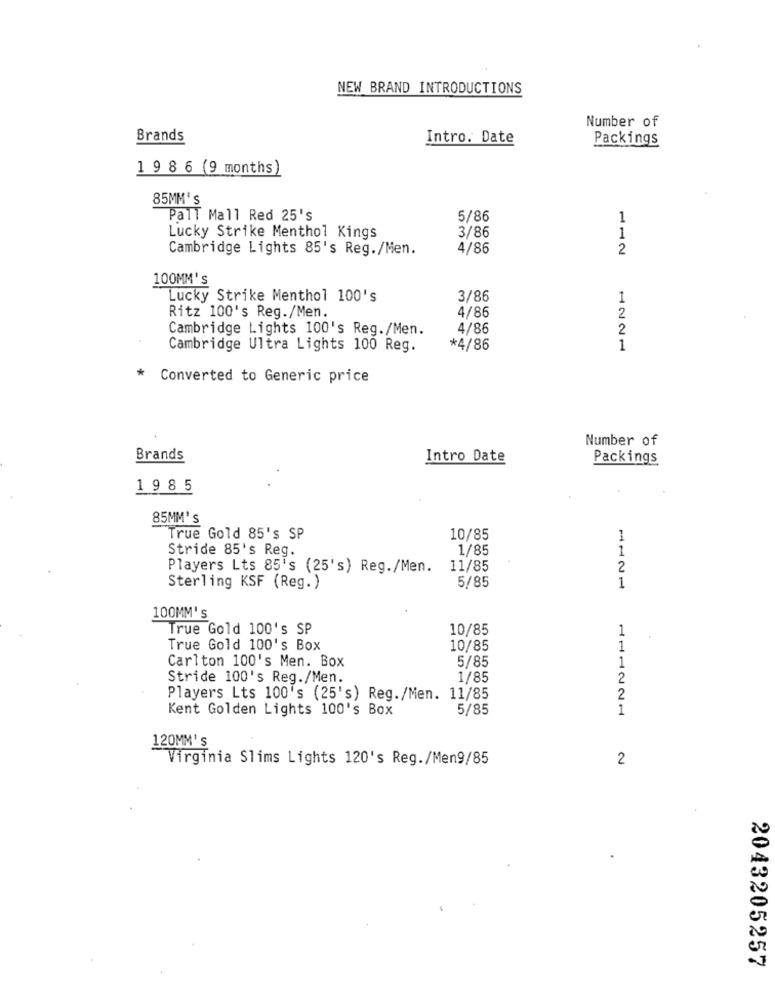
NEW BRAND INTRODUCTIONS
Number of
Brands
Intro. Date
Packings
1 9 8 6 (9 months)
85MM's
Pall Mall Red 25's
5/86
1
3/86
Lucky Strike Menthol Kings
1
Cambridge Lights 85's Reg./Men.
4/86
2
100MM's
Lucky Strike Menthol 100's
3/86
1
Ritz 100's Reg./Men.
4/86
2
Cambridge Lights 100's Reg./Men.
4/86
2
Cambridge Ultra Lights 100 Reg.
*4/86
1
*
Converted to Generic price
Number of
Brands
Intro Date
Packings
1 9 8 5
85MM'S
True Gold 85's SP
10/85
1
1/85
1
Stride 85's Reg.
Players Lts 85's (25's) Reg./Men.
11/85
2
5/85
Sterling KSF (Reg. )
1
100MM's
True Gold 100's SP
10/85
1
True Gold 100's Box
10/85
1
Carlton 100's Men. Box
5/85
1
Stride 100's Reg./Men.
1/85
2
Players Lts 100's (25's) Reg./Men. 11/85
2
Kent Golden Lights 100's Box
5/85
1
120MM'S
Virginia Slims Lights 120's Reg./Men9/85
2
2043205257